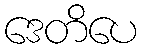
ဒေတိပေ